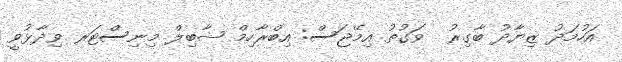
އަހުމަދު ޒިޔާދު ބާގިރު  ވަގުތު އިމޭޖަސް: އިބްރާހިމް ޝާބިލް މިނިސްޓަރ ވިދާޅުވީ